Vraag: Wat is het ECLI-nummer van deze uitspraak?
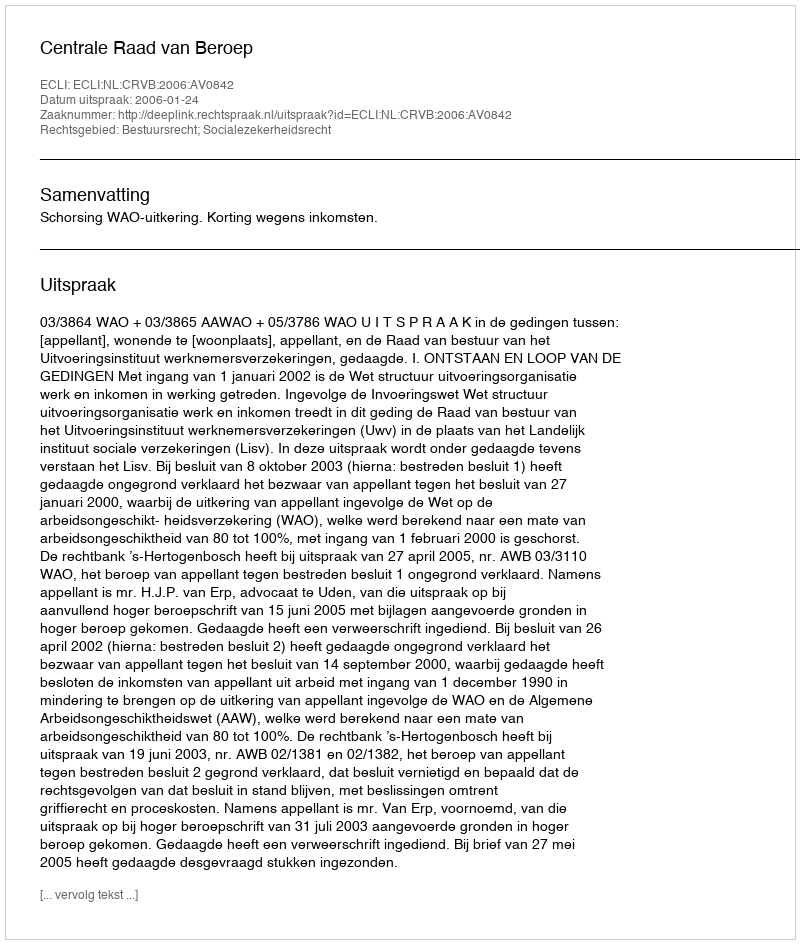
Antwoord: ECLI:NL:CRVB:2006:AV0842